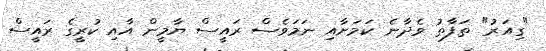
"ގިއަރު" ތަފާތު ވެދާނެ ކަމަށާއި ނަމަވެސް ރައީސް ޔާމީން އާއި ކުރީގެ ރައީސް